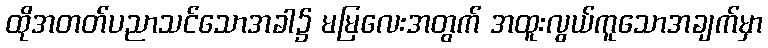
ထိုအတတ်ပညာသင်သောအခါ၌ မမြလေးအတွက် အထူးလွယ်ကူသောအချက်မှာ